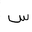
Letter: _sin